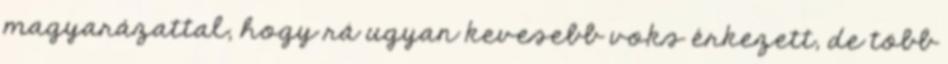
magyarázattal, hogy rá ugyan kevesebb voks érkezett, de több